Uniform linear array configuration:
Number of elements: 8
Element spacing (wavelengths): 0.75
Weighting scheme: uniform
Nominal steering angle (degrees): -45
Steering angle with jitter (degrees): -43.833
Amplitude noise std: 0.05
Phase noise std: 0.05

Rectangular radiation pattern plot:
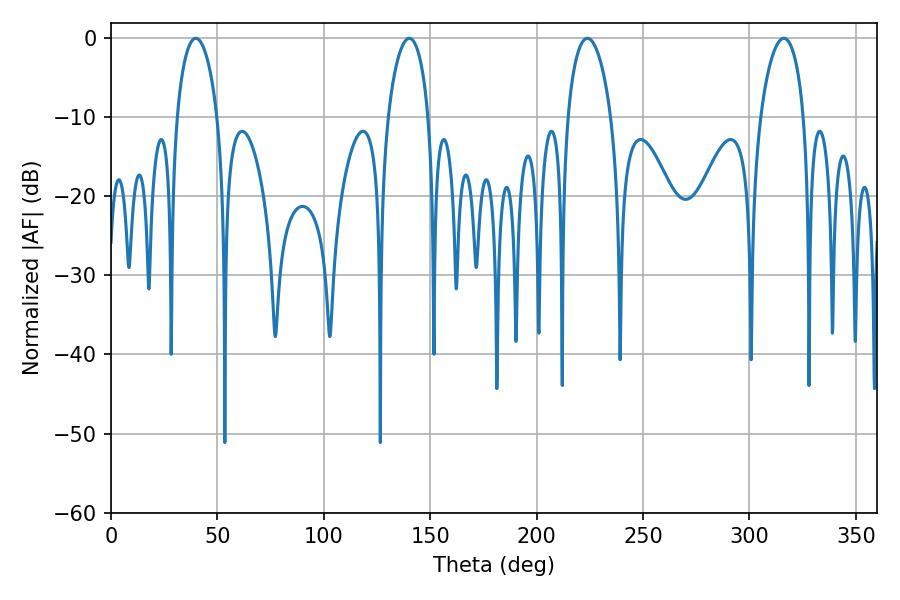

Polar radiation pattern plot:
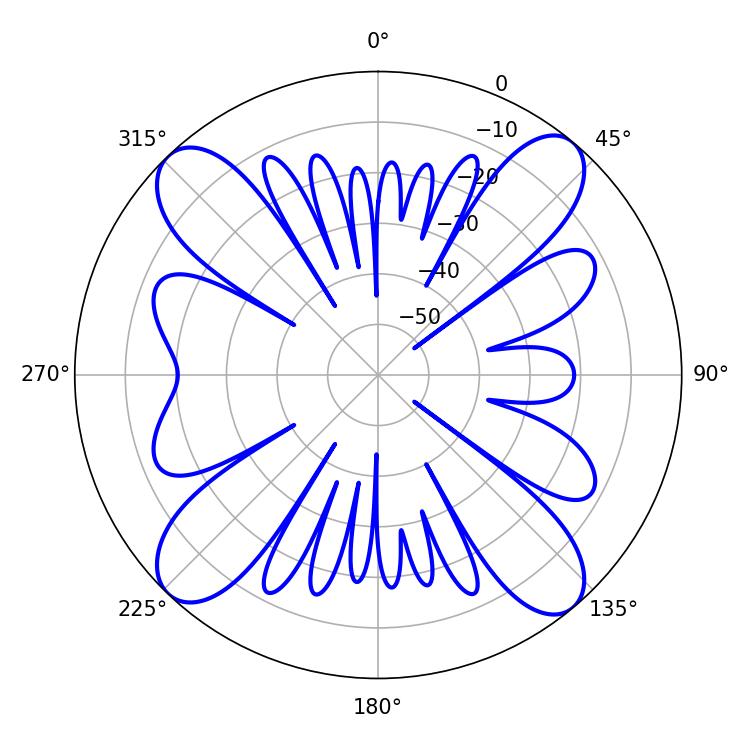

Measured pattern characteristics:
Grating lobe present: TRUE
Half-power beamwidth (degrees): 10.98
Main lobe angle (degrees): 39.78